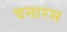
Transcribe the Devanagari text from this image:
वनारस